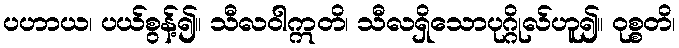
ပဟာယ၊ ပယ်စွန့်၍။ သီလဝါဣတိ၊ သီလရှိသောပုဂ္ဂိုလ်ဟူ၍။ ဝုစ္စတိ၊